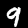
Digit: 9